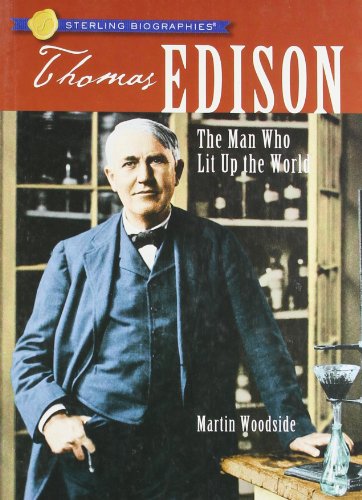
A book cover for Sterling BiographiesÂ®: Thomas Edison: The Man Who Lit Up the World; Martin Woodside; Children's Books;